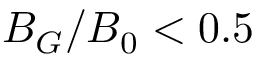
B _ { G } / B _ { 0 } < 0 . 5